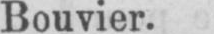
Bouvier.